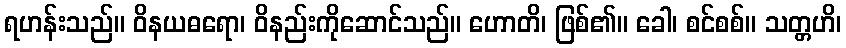
ရဟန်းသည်။ ဝိနယဓရော၊ ဝိနည်းကိုဆောင်သည်။ ဟောတိ၊ ဖြစ်၏။ ခေါ၊ စင်စစ်။ သတ္တဟိ၊